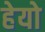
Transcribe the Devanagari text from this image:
हेयो